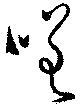
嗟